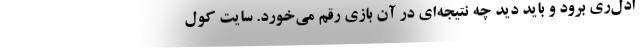
ادل‌ری برود و باید دید چه نتیجه‌ای در آن بازی رقم می‌خورد. سایت کول